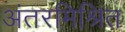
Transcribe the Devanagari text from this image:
अंतरमिश्रित